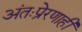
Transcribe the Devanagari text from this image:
अंतःप्रेरणाही